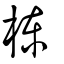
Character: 棟